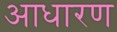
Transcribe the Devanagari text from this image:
आधारण